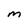
Character: m